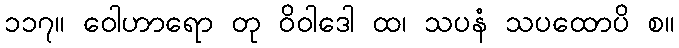
၁၁၇။ ဝေါဟာရော တု ဝိဝါဒေါ ထ၊ သပနံ သပထောပိ စ။